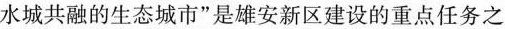
水城共融的生态城市”是雄安新区建设的重点任务之